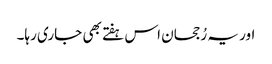
اور یہ رُجحان اس ہفتے بھی جاری رہا۔